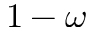
1 - \omega